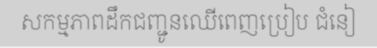
សកម្មភាពដឹកជញ្ជូនឈើពេញប្រៀប ជំនៀ